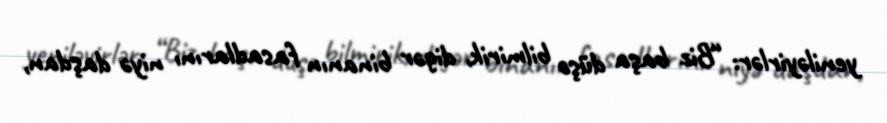
yeniləyirlər: “Biz başa düşə bilmirik, digər binanın fasadlarını niyə daşdan,